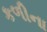
કળીના